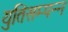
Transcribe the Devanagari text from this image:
युतिसम्पन्न